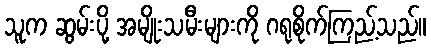
သူက ဆွမ်းပို့ အမျိုးသမီးများကို ဂရုစိုက်ကြည့်သည်။